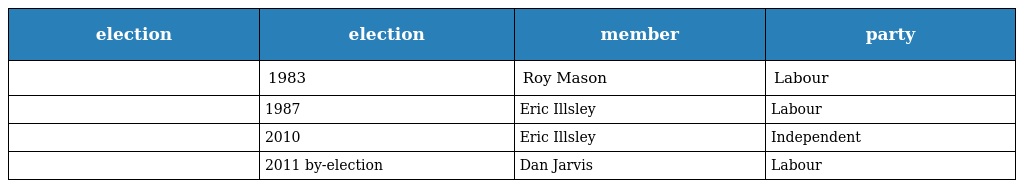
| election | election | member | party |
 | --- | --- | --- | --- |
 |  | 1983 | Roy Mason | Labour |
 |  | 1987 | Eric Illsley | Labour |
 |  | 2010 | Eric Illsley | Independent |
 |  | 2011 by-election | Dan Jarvis | Labour |